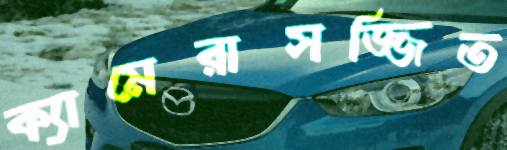
ক্যামেরাসজ্জিত